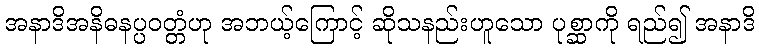
အနာဒိအနိဓနပ္ပဝတ္တံဟု အဘယ့်ကြောင့် ဆိုသနည်းဟူသော ပုစ္ဆာကို ရည်၍ အနာဒိ